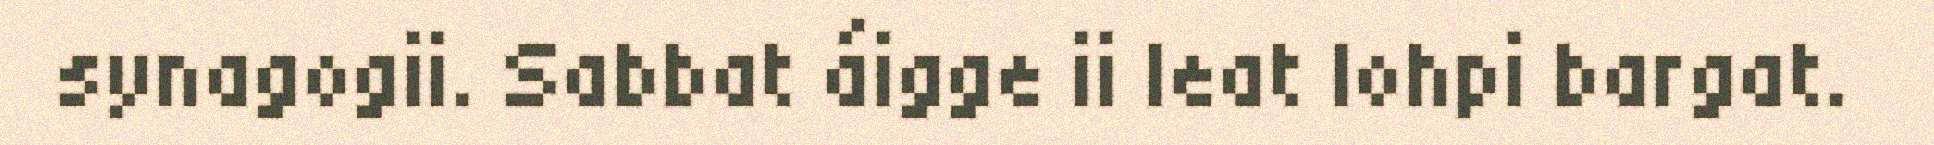
synagogii. Sabbat áigge ii leat lohpi bargat.